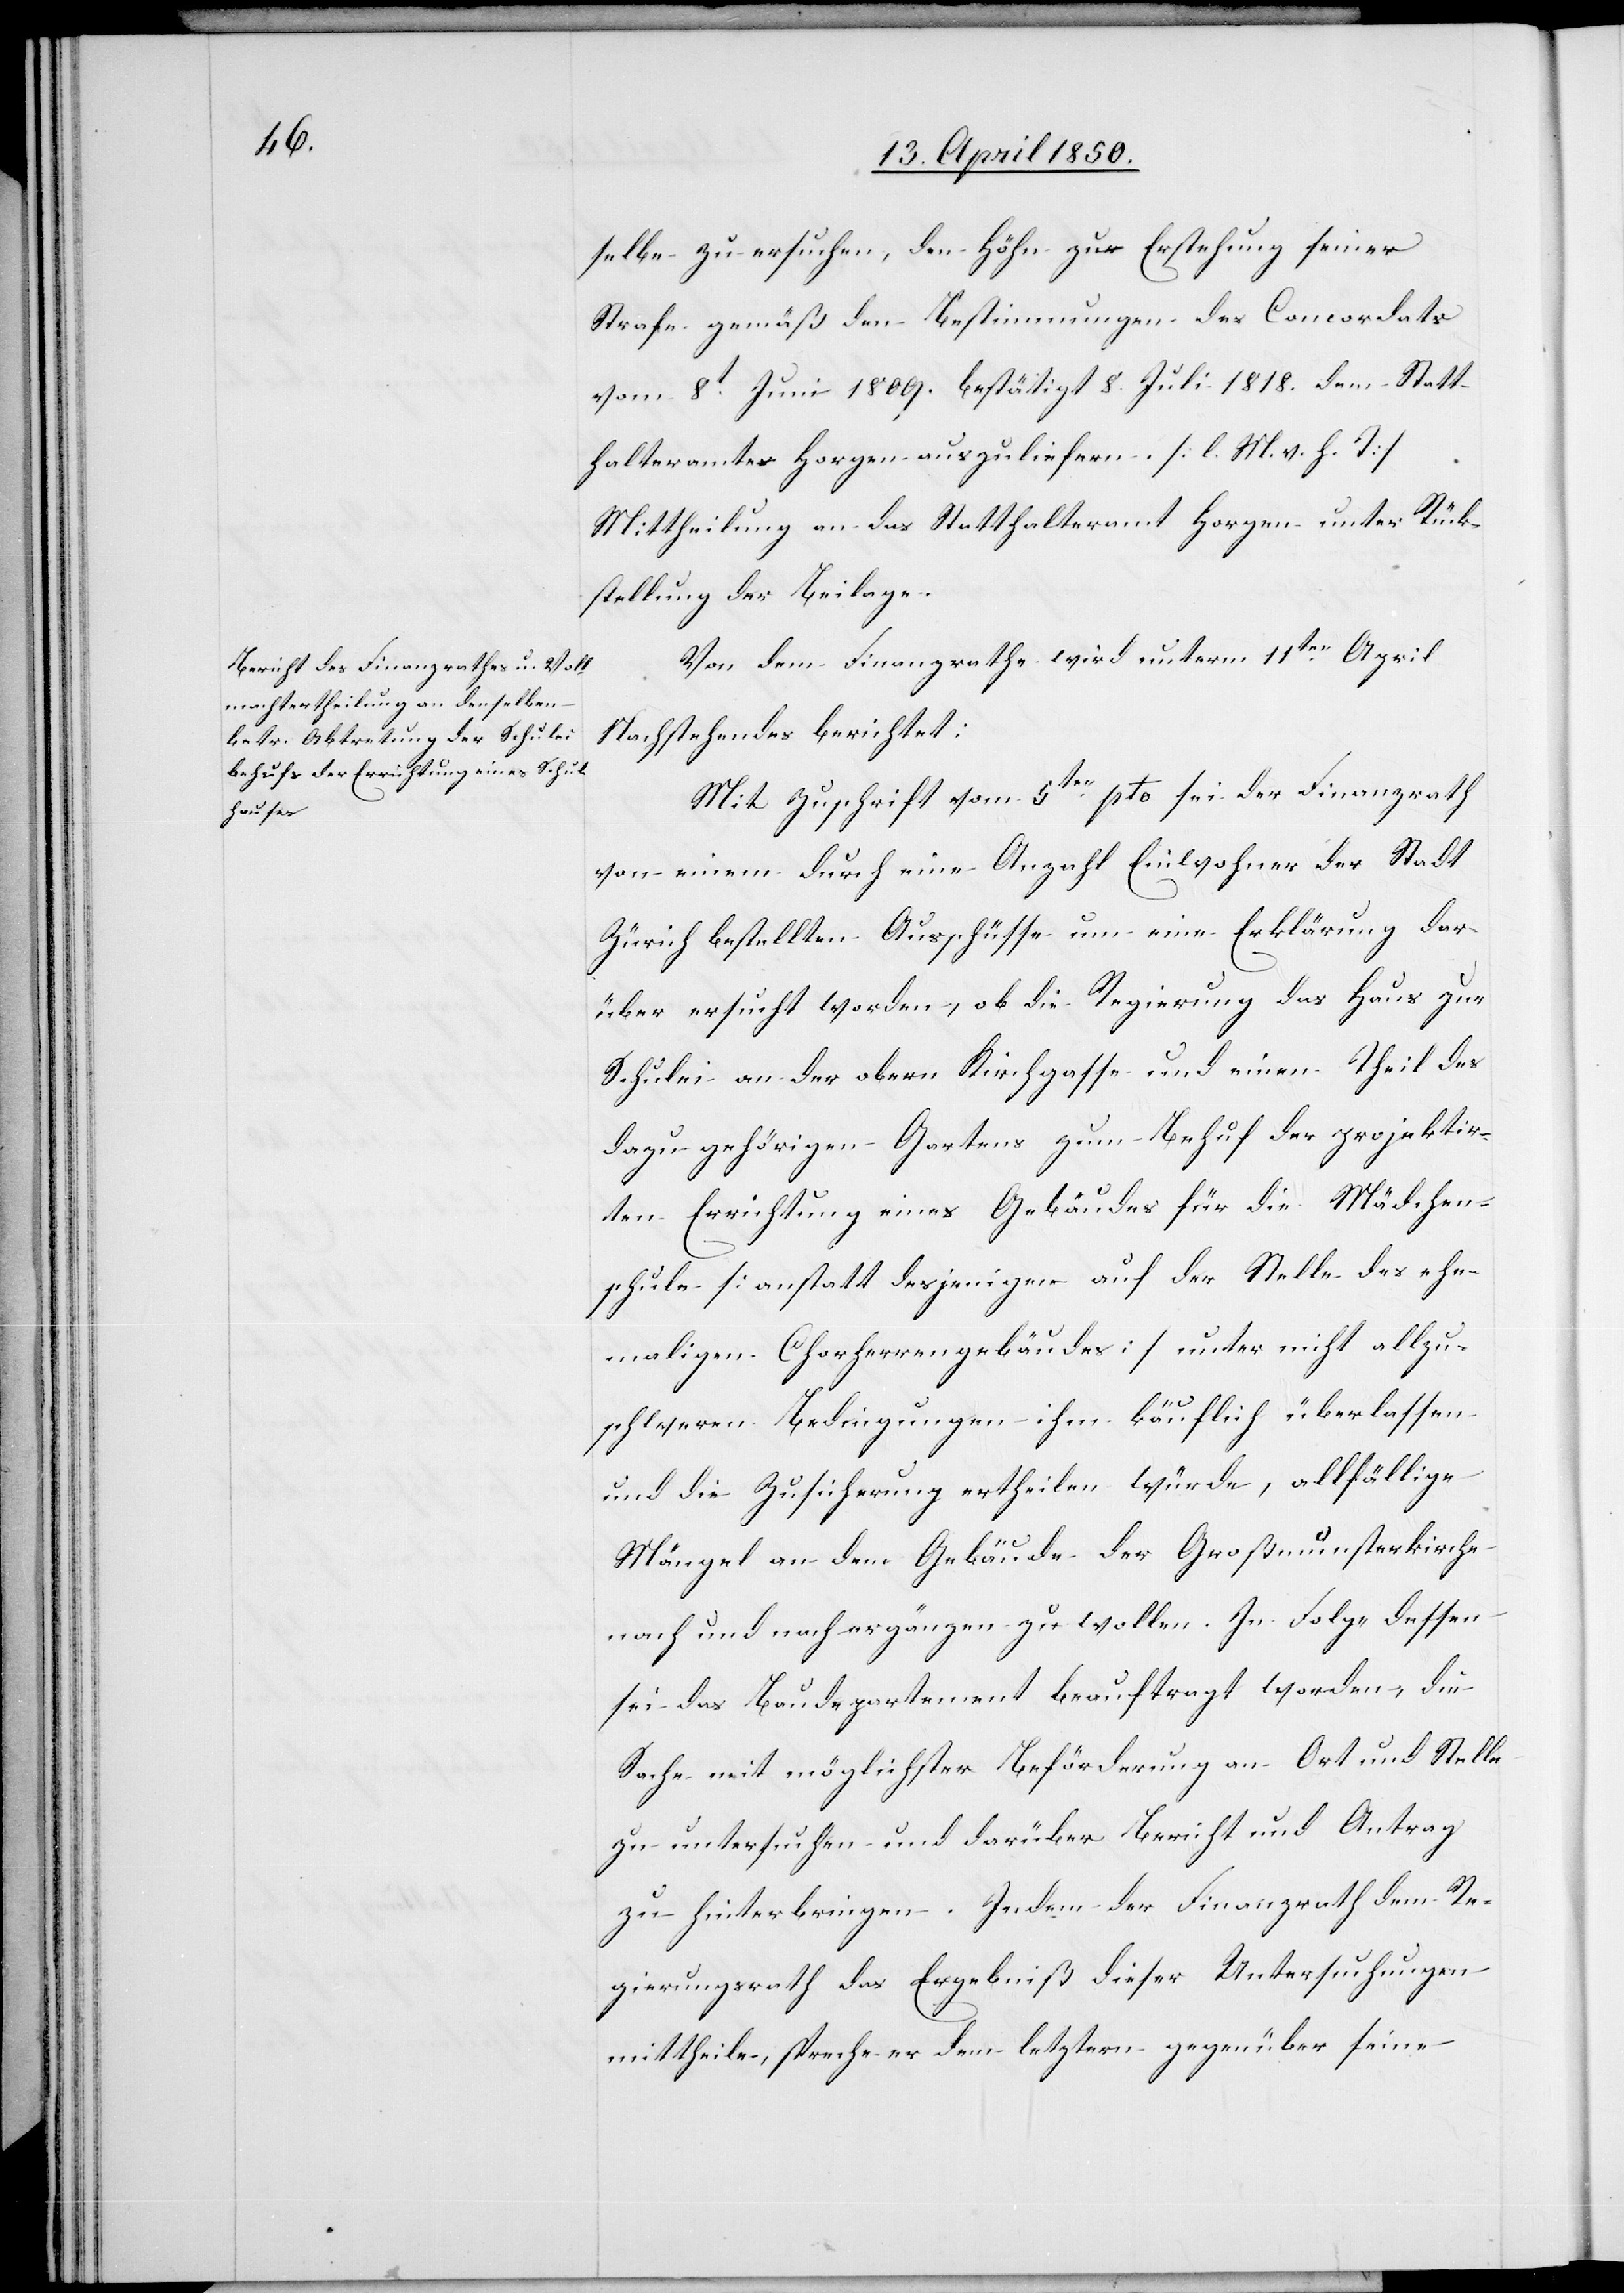
selbe zu ersuchen, den Höhn zur Erstehung seiner
Strafe gemäß den Bestimmungen des Concordats
vom 8t Juni 1809. bestätigt 8. Juli 1818. dem Statt¬
halteramte Horgen auszuliefern. [l. M. v. h. T]
Mittheilung an das Statthalteramt Horgen unter Rück¬
stellung der Beilage.
Von dem Finanzrathe wird unterm 11ten April
Nachstehendes berichtet:
Mit Zuschrift vom 5ten pto sei der Finanzrath
von einem durch eine Anzahl Einwohner der Stadt
Zürich bestellten Ausschüsse um eine Erklärung dar¬
über ersucht worden, ob die Regierung das Haus zur
Schulei an der obern Kirchgasse und einen Theil des
dazu gehörigen Gartens zum Behuf der projektir¬
ten Errichtung eines Gebäudes für die Mädchen¬
schule [anstatt desjenigen auf der Stelle des ehe¬
maligen Chorherrengebäudes] unter nicht allzu¬
schweren Bedingungen ihm käuflich überlassen
und die Zusicherung ertheilen würde, allfällige
Mängel an dem Gebäude der Großmunsterkirche
nach und nach ergänzen zu wollen. In Folge dessen
sei das Baudepartement beauftragt worden, die
Sache mit möglichster Beförderung an Ort und Stelle
zu untersuchen und darüber Bericht und Antrag
zu hinterbringen. Indem der Finanzrath dem Re¬
gierungsrath das Ergebniß dieser Untersuchungen
mittheile, spreche er dem letztern gegenüber seine